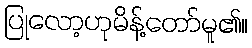
ပြုလော့ဟုမိန့်တော်မူ၏။